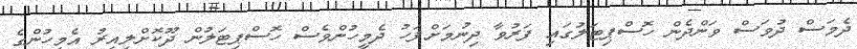
ދެމަސް ދުވަސް ވަންދެން ހޮސްޕިޓަލުގައި ފަރުވާ ދިނުމަށްފަހު ދެމީހުންވެސް ހޮސްޕިޓަލުން ދޫކޮށްލިއިރު އެމީހުންގެ